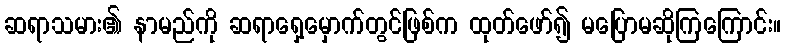
ဆရာသမား၏ နာမည်ကို ဆရာရှေ့မှောက်တွင်ဖြစ်က ထုတ်ဖော်၍ မပြောမဆိုကြကြောင်း။